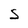
Character: S